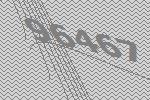
96467